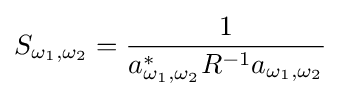
S_{\omega _{1},\omega _{2}}={\frac {1}{a_{\omega _{1},\omega _{2}}^{*}R^{-1}a_{\omega _{1},\omega _{2}}}}